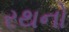
રથનો